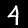
Label: 4